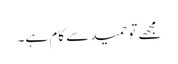
مجھے تو حمید سے کام ہے۔